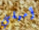
أميلي